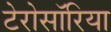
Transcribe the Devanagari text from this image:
टेरोसॉरिया